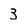
Character: 3